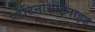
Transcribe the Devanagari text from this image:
प्लेटिनोसाइनाइड